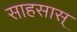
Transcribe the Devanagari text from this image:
साहसास्